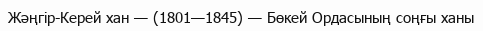
Жәңгір-Керей хан — (1801—1845) — Бөкей Ордасының соңғы ханы